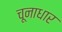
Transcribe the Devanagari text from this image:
चूनाधार